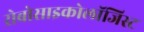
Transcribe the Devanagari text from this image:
रोबोसाइकोलॉजिस्ट